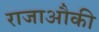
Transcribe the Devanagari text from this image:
राजाऔकी